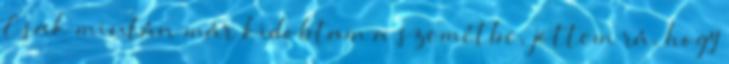
Csak miután már kidobtam a szemétbe, jöttem rá, hogy